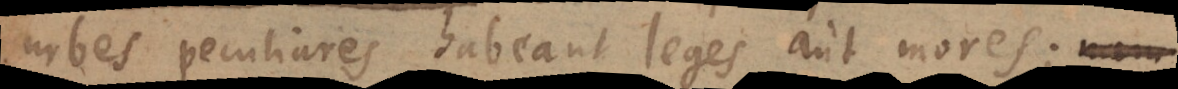
urbes peculiares habeant leges aut mores;